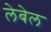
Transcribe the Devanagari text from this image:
लेबेल